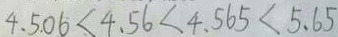
4 . 5 . 0 6 < 4 . 5 6 < 4 . 5 6 5 < 5 . 6 5